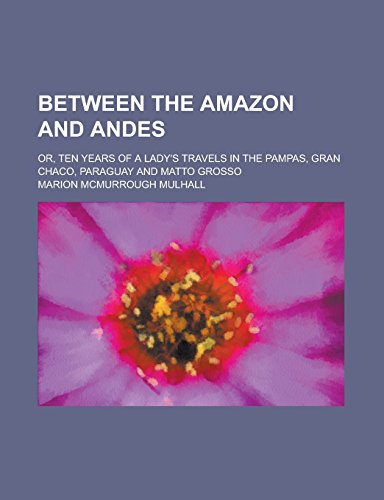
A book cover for Between the Amazon and Andes; or, Ten years of a lady's travels in the pampas, Gran Chaco, Paraguay and Matto Grosso; Marion Mcmurrough Mulhall; Travel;